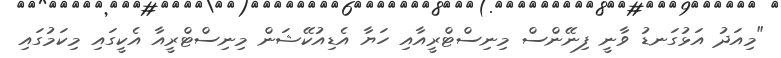
"މިއަދު އަޅުގަނޑު ވާނީ ފިނޭންސް މިނިސްޓްރީއާއި ހަޔާ އެޑިއުކޭޝަން މިނިސްޓްރީއާ އެކީގައި މިކަމުގައި